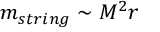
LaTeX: m _ { s t r i n g } \sim M ^ { 2 } r